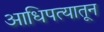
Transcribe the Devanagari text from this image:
आधिपत्यातून